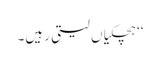
‘‘ ہچکیاں لیتی رہیں۔